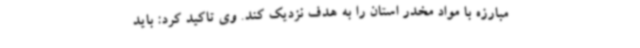
مبارزه با مواد مخدر استان را به هدف نزدیک کند. وی تاکید کرد: باید